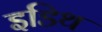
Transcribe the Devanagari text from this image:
इडिथ